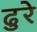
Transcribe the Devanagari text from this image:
ढुरे